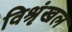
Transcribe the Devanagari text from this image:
विश्रृंखल